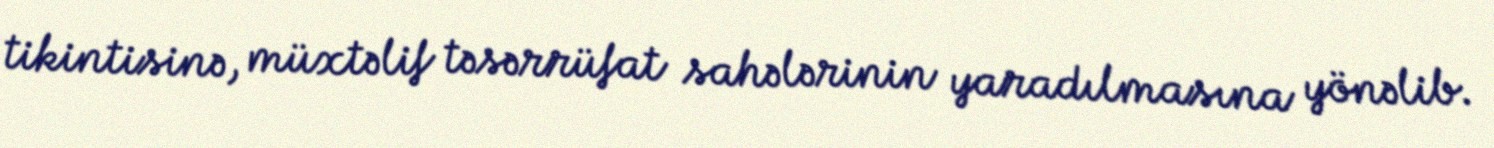
tikintisinə, müxtəlif təsərrüfat sahələrinin yaradılmasına yönəlib.